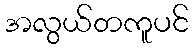
အလွယ်တကူပင်